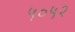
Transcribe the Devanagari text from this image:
५०५२